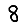
Digit: 8